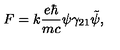
F = k \frac { e \hbar } { m c } \psi \gamma _ { 2 1 } \tilde { \psi } ,